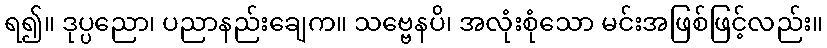
ရ၍။ ဒုပ္ပညော၊ ပညာနည်းချေက။ သဗ္ဗေနပိ၊ အလုံးစုံသော မင်းအဖြစ်ဖြင့်လည်း။